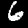
Digit: 6